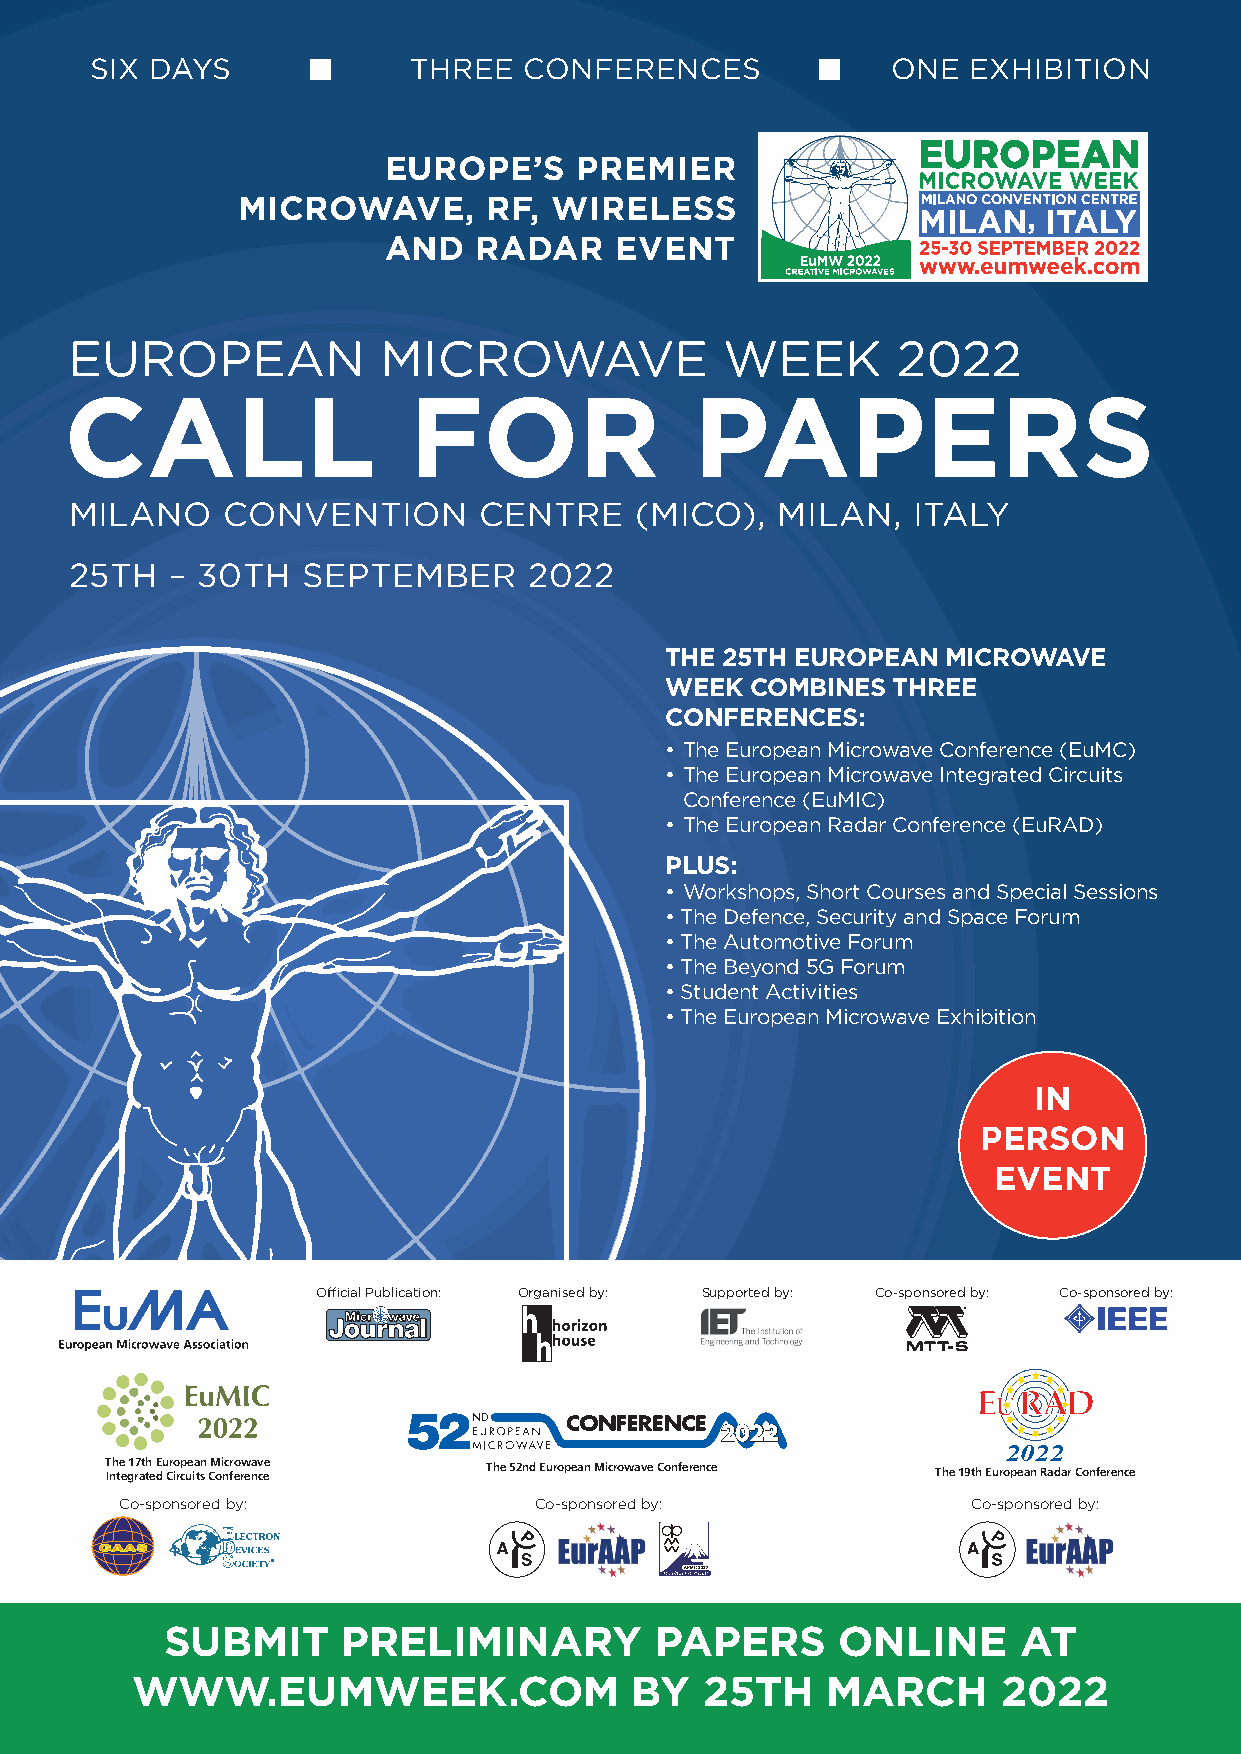
SIX DAYS             THREE   CONFERENCES             ONE  EXHIBITION
 EUROPE’S     PREMIER
 MICROWAVE,      RF, WIRELESS
 AND    RADAR    EVENT
 EUROPEAN            MICROWAVE              WEEK       2022
 CALL                   FOR                PAPERS
 MILANO    CONVENTION       CENTRE    (MICO),  MILAN,   ITALY
 25TH  – 30TH   SEPTEMBER      2022
 THE 25TH EUROPEAN  MICROWAVE
 WEEK  COMBINES THREE
 CONFERENCES:
 • The European Microwave Conference (EuMC)
 • The European Microwave Integrated Circuits
 Conference (EuMIC)
 • The European Radar Conference (EuRAD)
 PLUS:
 • Workshops, Short Courses and Special Sessions
 • The Defence, Security and Space Forum
 • The Automotive Forum
 • The Beyond 5G Forum
 • Student Activities
 • The European Microwave Exhibition
 IN
 PERSON
 EVENT
 Official Publication: Organised by: Supported by: Co-sponsored by: Co-sponsored by:
 52ND
 2022
 2022
 T Inh te e g1 r7 at th e E du Cr io rp cue ia tsn CM oi nc fro erw enav cee The 52nd European Microwave Conference The 19th European Radar Conference
 Co-sponsored by:           Co-sponsored by:             Co-sponsored by:
 ®
 SUBMIT      PRELIMINARY         PAPERS      ONLINE       AT
 WWW.EUMWEEK.COM                  BY   25TH    MARCH      2022